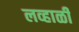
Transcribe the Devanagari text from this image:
लव्हाळी